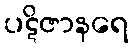
ပဋိဇာနရေ